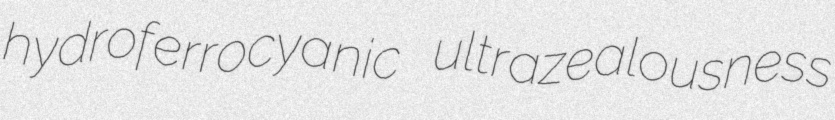
hydroferrocyanic ultrazealousness